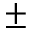
\pm